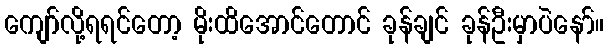
ကျော်လို့ရရင်တော့ မိုးထိအောင်တောင် ခုန်ချင် ခုန်ဦးမှာပဲနော်။